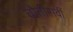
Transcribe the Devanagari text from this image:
चौतीसवीं